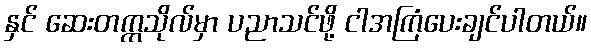
နှင် ဆေးတက္ကသိုလ်မှာ ပညာသင်ဖို့ ငါအကြံပေးချင်ပါတယ်။